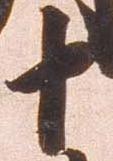
十